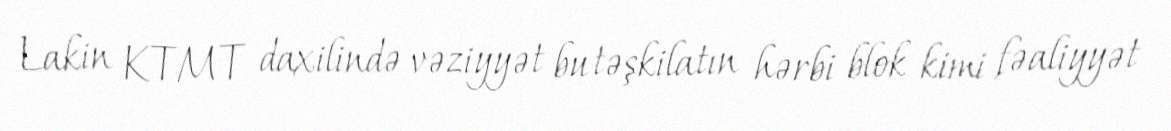
Lakin KTMT daxilində vəziyyət bu təşkilatın hərbi blok kimi fəaliyyət